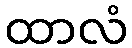
ထာလံ